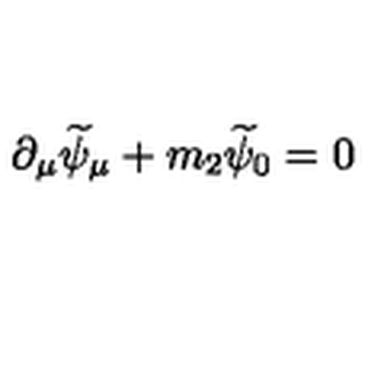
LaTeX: \partial _ { \mu } \widetilde { \psi } _ { \mu } + m _ { 2 } \widetilde { \psi } _ { 0 } = 0